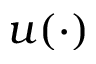
u ( \cdot )